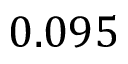
0 . 0 9 5